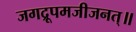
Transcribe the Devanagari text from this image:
जगद्रूपमजीजनत्॥